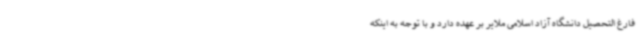
فارغ التحصیل دانشگاه آزاد اسلامی ملایر بر عهده دارد و با توجه به اینکه